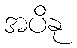
အပိနု